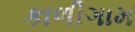
કાળીગામ